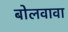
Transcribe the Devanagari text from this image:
बोलवावा